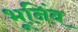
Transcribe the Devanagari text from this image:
भूनिंब